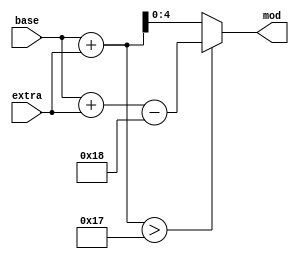
// This program was cloned from: https://github.com/jotego/jt12
// License: GNU General Public License v3.0

`timescale 1ns / 1ps

module jt12_mod24(
	input	[4:0] base,
	input	[3:0] extra,
	output  [4:0] mod
);

wire [5:0]  sum = base+extra;
wire [4:0] wrap = base+extra-5'd24;

assign mod = sum > 6'd23 ? wrap : sum[4:0];

endmodule